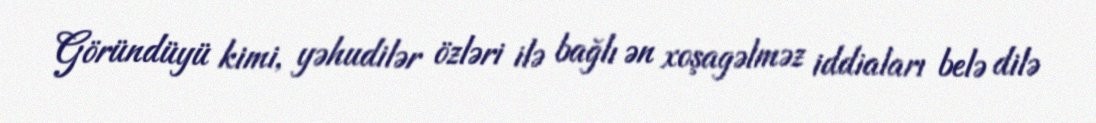
Göründüyü kimi, yəhudilər özləri ilə bağlı ən xoşagəlməz iddiaları belə dilə